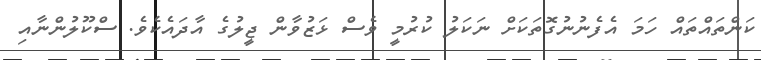
ކަންތައްތައް ހަމަ އެފެނުނުގޮތަކަށް ނަކަލު ކުރުމީ ވެސް ޅަޒުވާން ޖީލުގެ އާދައެކެވެ. ސްކޫލުންނާއި